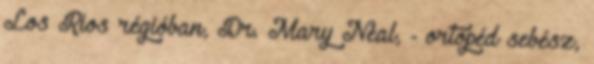
Los Rios régióban, Dr. Mary Neal, - ortopéd sebész,